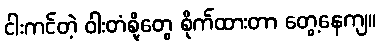
ငါးကင်တဲ့ ဝါးတံစို့တွေ စိုက်ထားတာ တွေ့နေကျ။